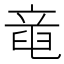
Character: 𥪖